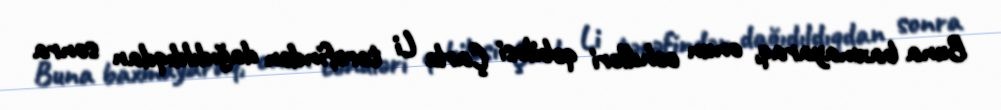
Buna baxmayaraq, onun cəhdləri qəbiləsi Çarlz Li tərəfindən dağıdıldıqdan sonra